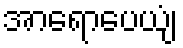
အာရောပေယျံ